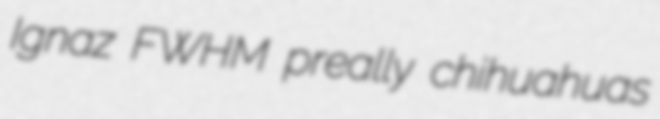
Ignaz FWHM preally chihuahuas